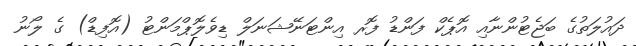
ދައުލަތުގެ ބަޖެޓުންނާއި އޮޕެކް ފަންޑު ފޮރ އިންޓަނޭޝަނަލް ޑިވެލޮޕްމަންޓު (އޮފިޑް) ގެ ލޯނު